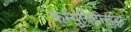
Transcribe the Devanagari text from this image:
कम्युनिटीसुद्धा